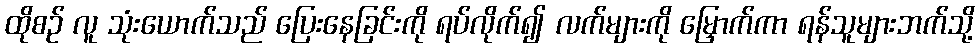
ထိုစဉ် လူ သုံးယောက်သည် ပြေးနေခြင်းကို ရပ်လိုက်၍ လက်များကို မြှောက်ကာ ရန်သူများဘက်သို့